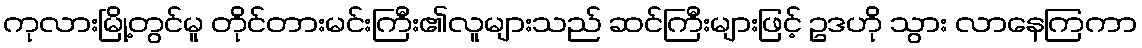
ကုလားမြို့တွင်မူ တိုင်တားမင်းကြီး၏လူများသည် ဆင်ကြီးများဖြင့် ဥဒဟို သွား လာနေကြကာ